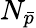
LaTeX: N_{\bar{p}}